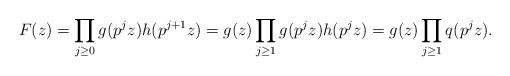
LaTeX: \begin{align*}F(z) = \prod_{j\ge 0} g(p^j z) h(p^{j+1} z) = g(z) \prod_{j\ge 1} g(p^j z) h(p^{j} z) = g(z) \prod_{j\ge 1} q(p^j z).\end{align*}